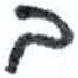
אות: ב